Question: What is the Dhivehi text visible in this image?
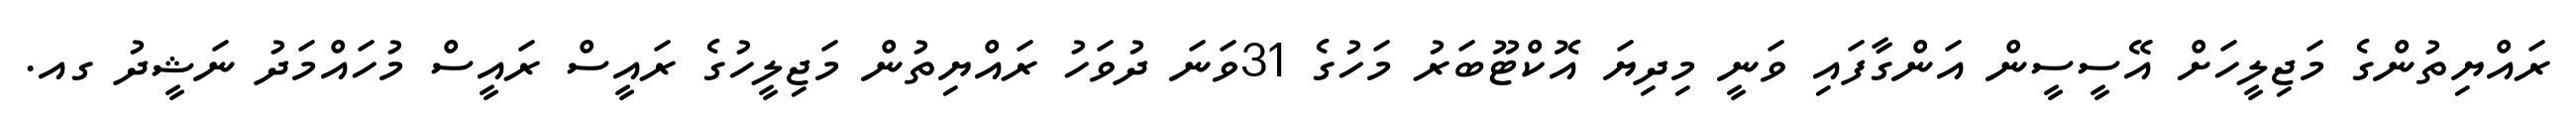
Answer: ރައްޔިތުންގެ މަޖިލީހަށް އޭސީސީން އަންގާފައި ވަނީ މިދިޔަ އޮކްޓޫބަރު މަހުގެ 31ވަނަ ދުވަހު ރައްޔިތުން މަޖިލީހުގެ ރައީސް ރައީސް މުހައްމަދު ނަޝީދު ގއ.